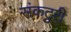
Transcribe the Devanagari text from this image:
संकटुरी